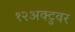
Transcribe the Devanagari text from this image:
१२अक्टुवर